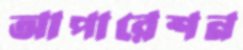
আপারেশন